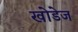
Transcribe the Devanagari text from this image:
खोडेज